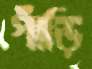
গাঁড়ি